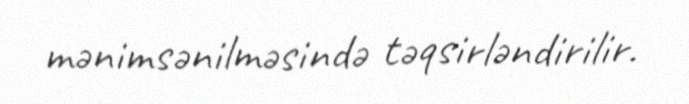
mənimsənilməsində təqsirləndirilir.